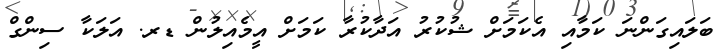
ބަލައިގަންނަ ކަމާއި އެކަމަށް ޝުކުރު އަދާކުރާ ކަމަށް އީމެއިލުން ޑރ. އަލަކާ ސިންގް